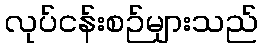
လုပ်ငန်းစဉ်များသည်